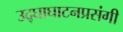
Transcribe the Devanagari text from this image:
उद्‌घाघाटनप्रसंगी